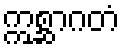
ဣစ္ဆာဂတံ